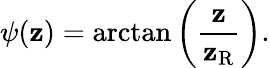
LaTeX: \psi(\mathbf{z})=\arctan\left({\frac{{\mathbf{z}}}{{\mathbf{z}_{\mathrm{{R}}}}}}\right).